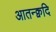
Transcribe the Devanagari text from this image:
आतन्क्वदि